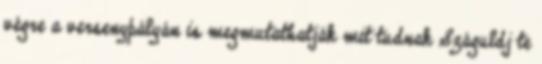
végre a versenypályán is megmutathatják mit tudnak Száguldj te